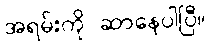
အရမ်းကို ဆာနေပါပြီ။